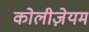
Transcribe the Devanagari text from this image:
कोलीज़ेयम